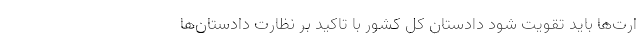
ارت‌ها باید تقویت شود دادستان کل کشور با تاکید بر نظارت دادستان‌ها